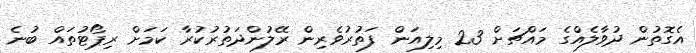
އެގޮތުން ދުވާލެއްގެ މައްޗަށް 23 މިލިއަން ފަތުރުވެރިން ރޭލުންދަތުރުކުރާ ކަމަށް ރިޕޯޓުތައް ބުނެ